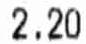
2.20